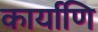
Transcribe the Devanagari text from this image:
कार्याणि